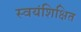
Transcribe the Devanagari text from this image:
स्वयंशिक्षित